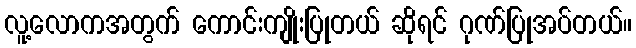
လူ့လောကအတွက် ကောင်းကျိုးပြုတယ် ဆိုရင် ဂုဏ်ပြုအပ်တယ်။